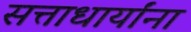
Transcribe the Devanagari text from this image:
सत्ताधार्यांना